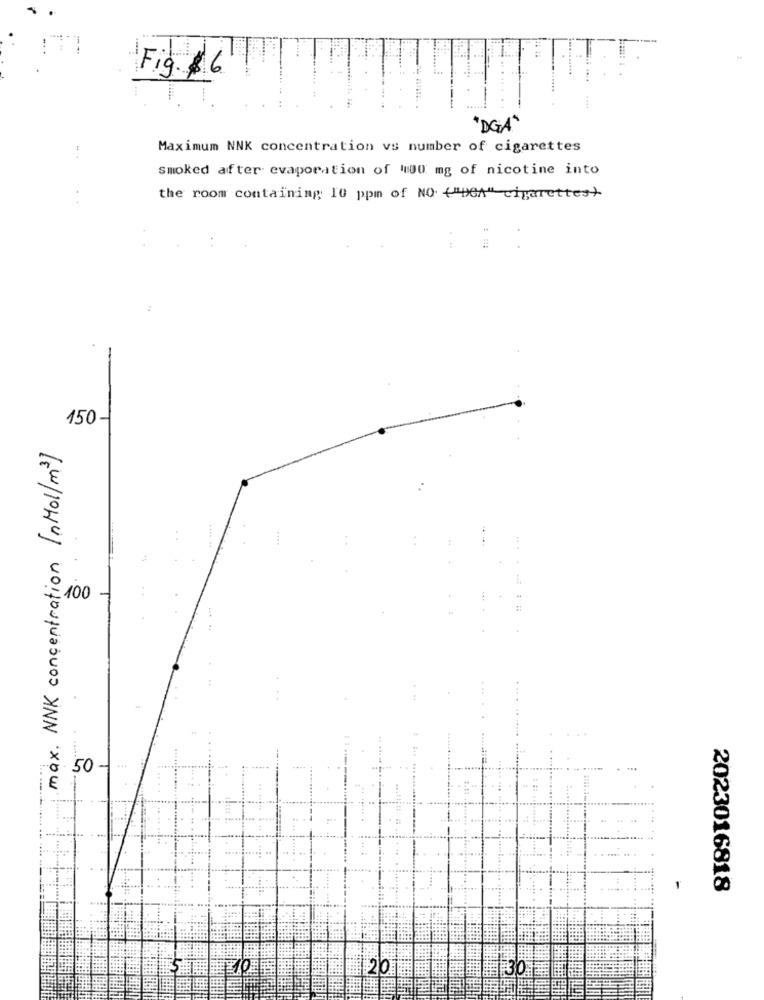
Fig. $6
.....
.
"DGA"
Maximum NNK concentration vs number of cigarettes
smoked after evaporation of 4100 mg of nicotine into
the room containing 10 ppm of NO ("DeA" cigarettes)
150-1
max. NNK concentration InMol/m3]
..
...
400
-.
50-
2023016818